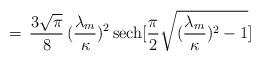
LaTeX: \begin{align*}=\,\frac{3 \sqrt{\pi}}{8} \, (\frac{\lambda_m}{\kappa})^2 \, {\rm sech}[\frac{\pi}{2} \sqrt{(\frac{\lambda_m}{\kappa})^2 -1}]\end{align*}